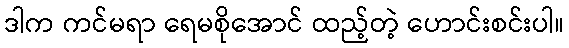
ဒါက ကင်မရာ ရေမစိုအောင် ထည့်တဲ့ ဟောင်းစင်းပါ။